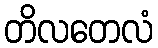
တိလတေလံ